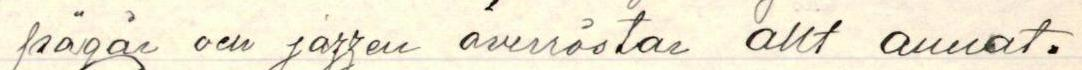
 pågår och jazzen överröstar allt annat.